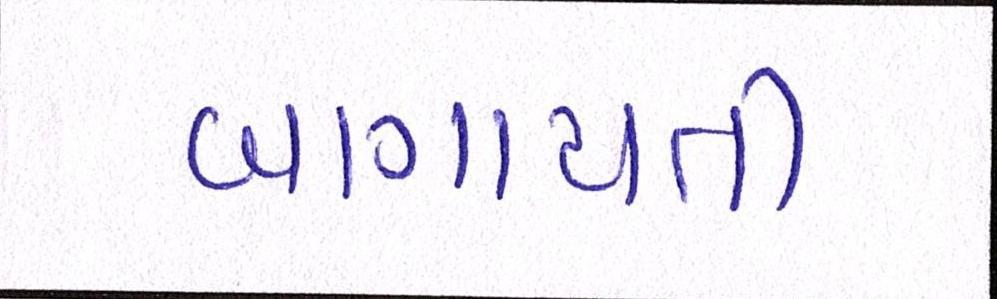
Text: બાગાયતી